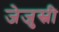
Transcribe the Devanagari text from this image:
जेजुस्नी